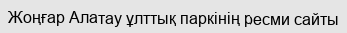
Жоңғар Алатау ұлттық паркінің ресми сайты